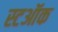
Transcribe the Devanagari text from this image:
स्टऑक